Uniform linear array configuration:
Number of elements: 48
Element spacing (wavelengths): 0.75
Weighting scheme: binomial
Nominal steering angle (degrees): -45
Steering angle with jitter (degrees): -45.76
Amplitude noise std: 0.05
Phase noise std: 0.05

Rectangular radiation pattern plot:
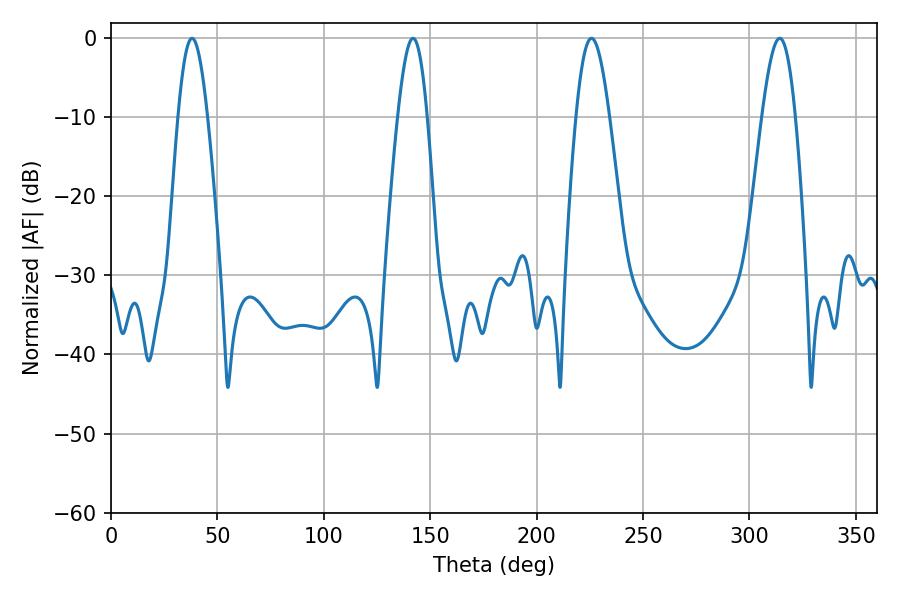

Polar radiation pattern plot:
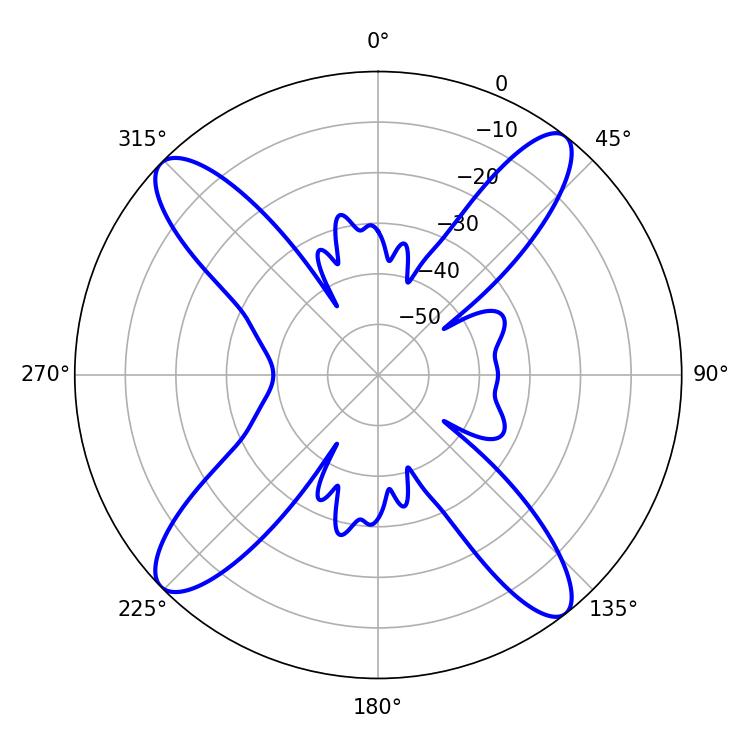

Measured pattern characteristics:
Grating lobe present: TRUE
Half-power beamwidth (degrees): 8.46
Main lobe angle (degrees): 314.28